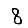
Digit: 8